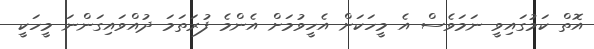
އޮތް ކަމުގައިވީ ނަމަވެސް އެ މީހަކަށް އެހީވުމަށް އެންމެ ފުރަތަމަ ދުއްވައިގަންނަ މީހަކީ